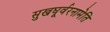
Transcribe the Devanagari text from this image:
सुखघूर्वरनामेति